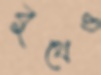
বুথেও